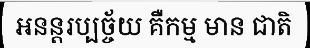
អនន្តរប្បច្ច័យ គឺកម្ម មាន ជាតិ